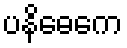
ပနိဓေကေ